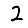
Digit: 2